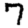
Digit: 7